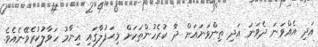
އަދި އެއްވަނަ ދެވަނަ އަދި ތިންވަނައަށް ދާ ކުރެހުންތަކަށް މިޙަފުލާގައި އިނާމު ހަވާލުކުރެވޭނެއެވެ.